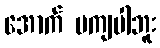
အောက် မကျပါဘူး